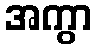
အကွာ